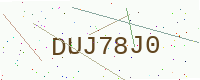
Text: DUJ78J0